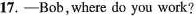
17.——Bob,where do you work?